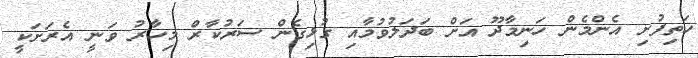
ހަތިފުށި އެންމެން ހަނިމާދޫ އަށް ބަދަލުވުމާއި ގުޅިގެން ސަރުކާރުް މިހާރު ވަނީ އެރަށަކީ